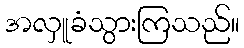
အလှူခံသွားကြသည်။